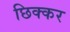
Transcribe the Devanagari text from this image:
छिक्कर